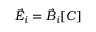
\vec { E } _ { i } = \vec { B } _ { i } [ C ]